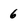
Character: 6